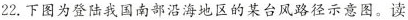
22.下图为登陆我国南部沿海地区的某台风路径示意图。读